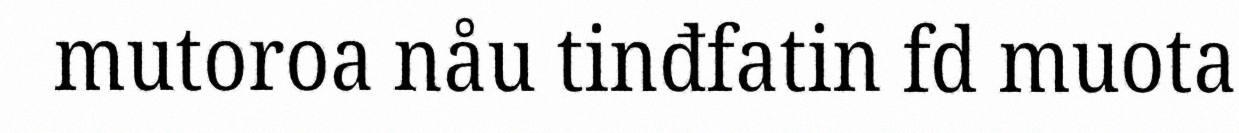
mutoroa nåu tinđfatin fd muota